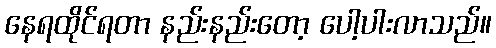
နေရထိုင်ရတာ နည်းနည်းတော့ ပေါ့ပါးလာသည်။